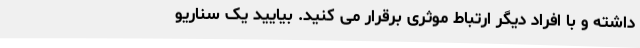
داشته و با افراد دیگر ارتباط موثری برقرار می کنید. بیایید یک سناریو